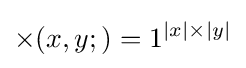
\times (x,y;)=1^{|x|\times |y|}